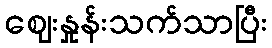
ဈေးနှုန်းသက်သာပြီး